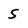
Character: 5